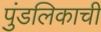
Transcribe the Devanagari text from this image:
पुंडलिकाची